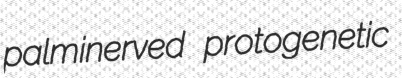
palminerved protogenetic